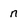
Character: n